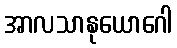
အာလသာနုယောဂေါ